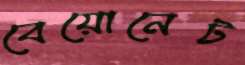
বেয়োনেট